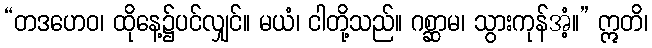
“တဒဟေဝ၊ ထိုနေ့၌ပင်လျှင်။ မယံ၊ ငါတို့သည်။ ဂစ္ဆာမ၊ သွားကုန်အံ့။” ဣတိ၊